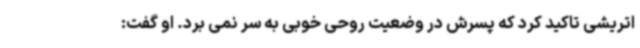
اتریشی تاکید کرد که پسرش در وضعیت روحی خوبی به سر نمی برد. او گفت: